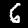
Digit: 6